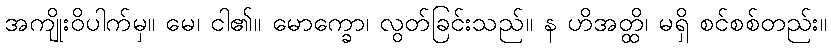
အကျိုးဝိပါက်မှ။ မေ၊ ငါ၏။ မောက္ခော၊ လွတ်ခြင်းသည်။ န ဟိအတ္ထိ၊ မရှိ စင်စစ်တည်း။